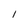
Character: l